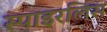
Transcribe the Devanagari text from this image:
स्पाइरलिस